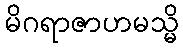
မိဂရာဇာဟမသ္မိ